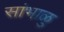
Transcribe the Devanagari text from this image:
सांभाळु